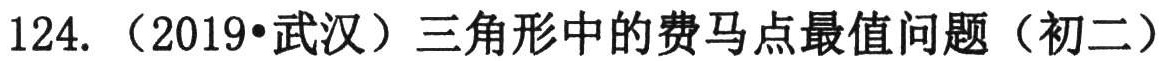
124. （2019•武汉）三角形中的费马点最值问题（初二）